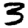
Digit: 3